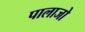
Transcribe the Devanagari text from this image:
पालाजो